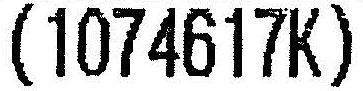
(1074617K)